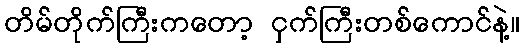
တိမ်တိုက်ကြီးကတော့ ငှက်ကြီးတစ်ကောင်နဲ့။